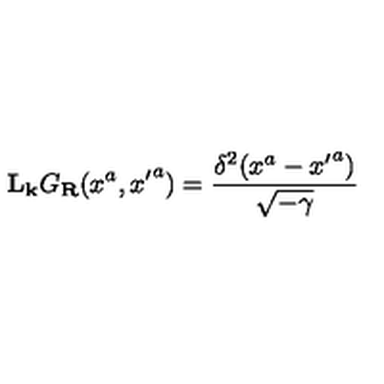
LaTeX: { \bf L } _ { \bf k } G _ { \bf R } ( x ^ { a } , { x ^ { \prime } } ^ { a } ) = \frac { \delta ^ { 2 } ( x ^ { a } - { x ^ { \prime } } ^ { a } ) } { \sqrt { - \gamma } }